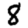
Digit: 8